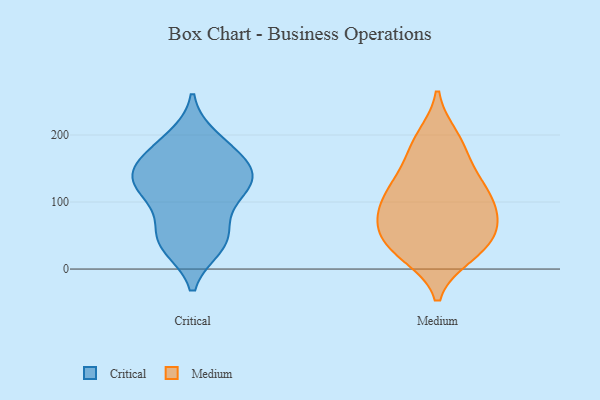
{"axis": {"x": "Page Views", "y": "Value"}, "legend": ["Critical", "Medium"], "data": [{"x": "", "y": 125, "type": "Critical"}, {"x": "", "y": 138, "type": "Critical"}, {"x": "", "y": 182, "type": "Critical"}, {"x": "", "y": 129, "type": "Critical"}, {"x": "", "y": 145, "type": "Critical"}, {"x": "", "y": 35, "type": "Critical"}, {"x": "", "y": 48, "type": "Critical"}, {"x": "", "y": 167, "type": "Critical"}, {"x": "", "y": 102, "type": "Critical"}, {"x": "", "y": 194, "type": "Critical"}, {"x": "", "y": 150, "type": "Critical"}, {"x": "", "y": 50, "type": "Critical"}, {"x": "", "y": 113, "type": "Critical"}, {"x": "", "y": 40, "type": "Critical"}, {"x": "", "y": 36, "type": "Medium"}, {"x": "", "y": 21, "type": "Medium"}, {"x": "", "y": 170, "type": "Medium"}, {"x": "", "y": 80, "type": "Medium"}, {"x": "", "y": 96, "type": "Medium"}, {"x": "", "y": 124, "type": "Medium"}, {"x": "", "y": 138, "type": "Medium"}, {"x": "", "y": 37, "type": "Medium"}, {"x": "", "y": 73, "type": "Medium"}, {"x": "", "y": 125, "type": "Medium"}, {"x": "", "y": 111, "type": "Medium"}, {"x": "", "y": 191, "type": "Medium"}, {"x": "", "y": 66, "type": "Medium"}, {"x": "", "y": 46, "type": "Medium"}, {"x": "", "y": 22, "type": "Medium"}, {"x": "", "y": 197, "type": "Medium"}, {"x": "", "y": 82, "type": "Medium"}]}